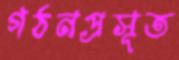
গঠনপ্রসূত